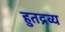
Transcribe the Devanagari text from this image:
हुतद्रव्य